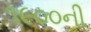
૧૯૦૦ની